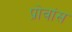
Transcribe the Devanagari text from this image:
प्रोवांस